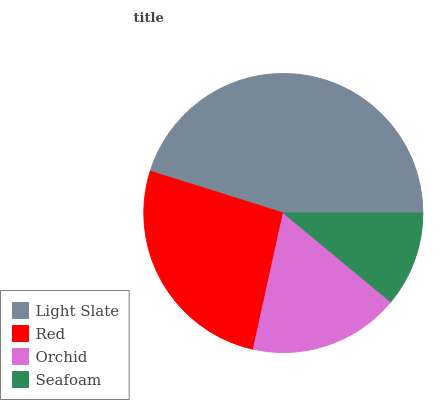
| Light Slate | Red | Orchid | Seafoam |
 | --- | --- | --- | --- |
 | 45.1% | 26.4% | 17.5% | 11% |